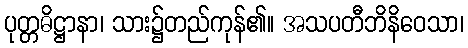
ပုတ္တဓိဋ္ဌာနာ၊ သား၌တည်ကုန်၏။ အသပတီဘိနိဝေသာ၊